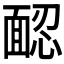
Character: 𩈢